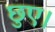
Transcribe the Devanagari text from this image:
छुए।